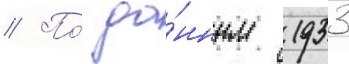
// По́ да́нным 1933